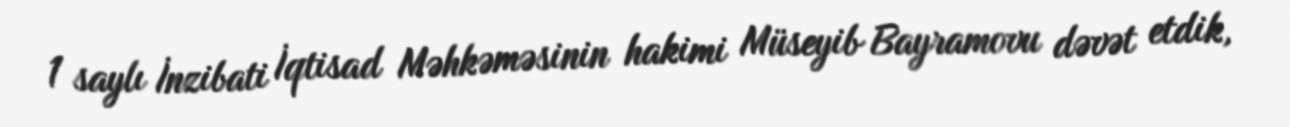
1 saylı İnzibati İqtisad Məhkəməsinin hakimi Müseyib Bayramovu dəvət etdik,